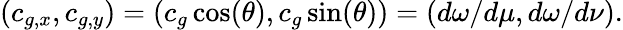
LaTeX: (c_{g,x},c_{g,y})=(c_{g}\cos(\theta),c_{g}\sin(\theta))=(d\omega/d\mu,d\omega/d\nu).